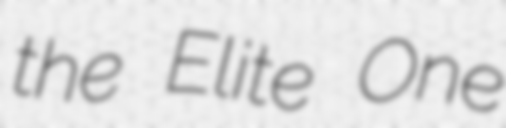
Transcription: the Elite One